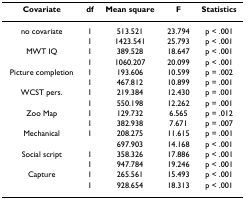
| Covariate | df | Mean square | F | Statistics |
 | --- | --- | --- | --- | --- |
 | no covariate | 1 | 513.521 | 23.794 | p < .001 |
 |  | 1 | 1423.541 | 25.793 | p < .001 |
 | MWT IQ | 1 | 389.528 | 18.647 | p < .001 |
 |  | 1 | 1060.207 | 20.099 | p < .001 |
 | Picture completion | 1 | 193.606 | 10.599 | p = .002 |
 |  | 1 | 467.812 | 10.899 | p = .001 |
 | WCST pers. | 1 | 219.384 | 12.430 | p = .001 |
 |  | 1 | 550.198 | 12.262 | p = .001 |
 | Zoo Map | 1 | 129.732 | 6.565 | p = .012 |
 |  | 1 | 382.938 | 7.671 | p = .007 |
 | Mechanical | 1 | 208.275 | 11.615 | p = .001 |
 |  |  | 697.903 | 14.168 | p < .001 |
 | Social script | 1 | 358.326 | 17.886 | p < .001 |
 |  | 1 | 947.784 | 19.246 | p < .001 |
 | Capture | 1 | 265.561 | 15.493 | p < .001 |
 |  | 1 | 928.654 | 18.313 | p < .001 |